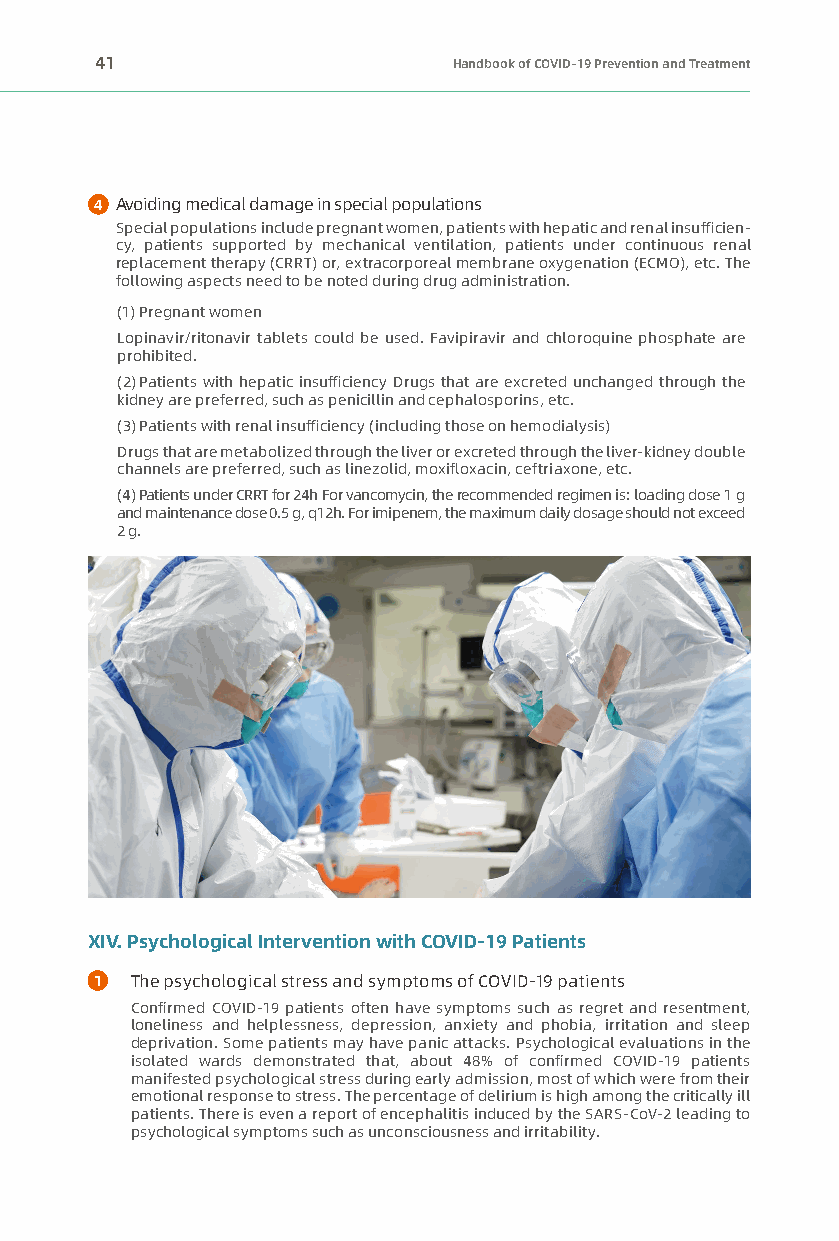
41                      Handbook of COVID-19 Prevention and Treatment
 4 Avoiding medical damage in special populations
 Special populations include pregnant women, patients with hepatic and renal insufficien-
 cy, patients supported by mechanical ventilation, patients under continuous renal
 replacement therapy (CRRT) or, extracorporeal membrane oxygenation (ECMO), etc. The
 following aspects need to be noted during drug administration.
 (1) Pregnant women
 Lopinavir/ritonavir tablets could be used. Favipiravir and chloroquine phosphate are
 prohibited.
 (2) Patients with hepatic insufficiency Drugs that are excreted unchanged through the
 kidney are preferred, such as penicillin and cephalosporins, etc.
 (3) Patients with renal insufficiency (including those on hemodialysis)
 Drugs that are metabolized through the liver or excreted through the liver-kidney double
 channels are preferred, such as linezolid, moxifloxacin, ceftriaxone, etc.
 (4) Patients under CRRT for 24h For vancomycin, the recommended regimen is: loading dose 1 g
 and maintenance dose 0.5 g, q12h. For imipenem, the maximum daily dosage should not exceed
 2 g.
 XIV. Psychological Intervention with COVID-19 Patients
 1  The psychological stress and symptoms of COVID-19 patients
 Confirmed COVID-19 patients often have symptoms such as regret and resentment,
 loneliness and helplessness, depression, anxiety and phobia, irritation and sleep
 deprivation. Some patients may have panic attacks. Psychological evaluations in the
 isolated wards demonstrated that, about 48% of confirmed COVID-19 patients
 manifested psychological stress during early admission, most of which were from their
 emotional response to stress. The percentage of delirium is high among the critically ill
 patients. There is even a report of encephalitis induced by the SARS-CoV-2 leading to
 psychological symptoms such as unconsciousness and irritability.